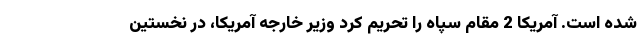
شده است. آمریکا 2 مقام سپاه را تحریم کرد وزیر خارجه آمریکا، در نخستین